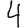
Digit: 4